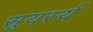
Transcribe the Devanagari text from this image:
सूयर्स्य